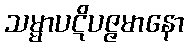
သမ္မာပဋိပဇ္ဇမာနော